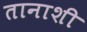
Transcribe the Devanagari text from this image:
तानाशी